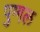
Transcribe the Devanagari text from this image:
पुग्गल